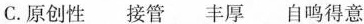
C.原创性接管丰厚自鸣得意